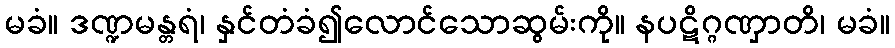
မခံ။ ဒဏ္ဍမန္တရံ၊ နှင်တံခံ၍လောင်သောဆွမ်းကို။ နပဋိဂ္ဂဏှာတိ၊ မခံ။